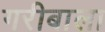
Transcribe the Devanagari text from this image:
गरीबाला